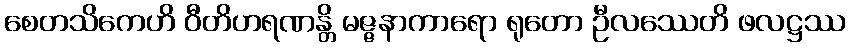
စေတသိကေဟိ ဝီတိဟရဏန္တိ မဇ္ဇနာကာရော ရုတော ဦလဿေတိ ဖလဋ္ဌဿ